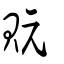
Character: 貦